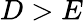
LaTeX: D>E